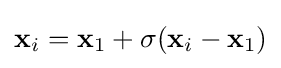
\mathbf {x} _{i}=\mathbf {x} _{1}+\sigma (\mathbf {x} _{i}-\mathbf {x} _{1})